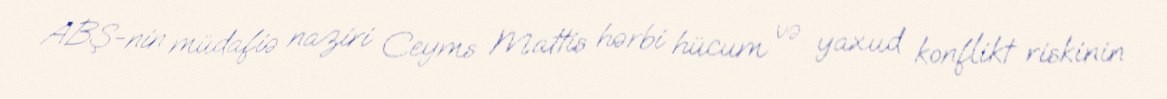
ABŞ-nin müdafiə naziri Ceyms Mattis hərbi hücum və yaxud konflikt riskinin